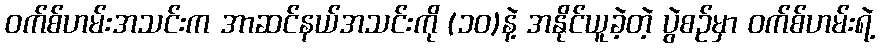
၀က်စ်ဟမ်းအသင်းက အာဆင်နယ်အသင်းကို (၁ဝ)နဲ့ အနိုင်ယူခဲ့တဲ့ ပွဲစဉ်မှာ ဝက်စ်ဟမ်းရဲ့